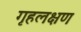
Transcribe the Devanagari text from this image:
गृहलक्षण